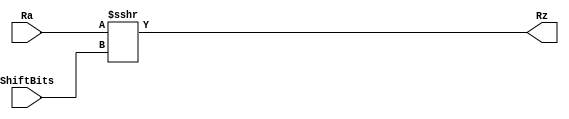
module shra_32_bit(
    output reg signed[31:0] Rz,
    input wire signed[31:0] Ra,
    input wire signed[31:0] ShiftBits
);

always@(*) 
begin
    Rz = (Ra >>> ShiftBits);
end
endmodule